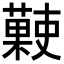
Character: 𧀞